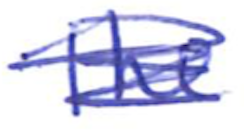
Text: The
Cross-out: mix
Writing tool: ballpoint